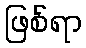
ဖြစ်ရာ